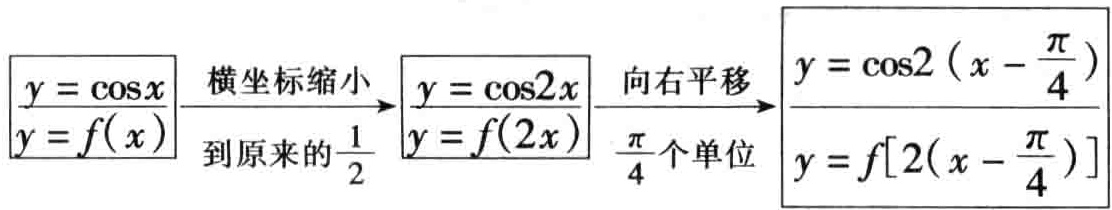
\[

\begin{align*}

y = \cos x\\

y = f(x)

\end{align*}

\xrightarrow{\text{横坐标缩小到原来的}\frac{1}{2}}

\begin{align*}

y = \cos 2x\\

y = f(2x)

\end{align*}

\xrightarrow{\text{向右平移}\frac{\pi}{4}\text{个单位}}

\begin{align*}

y = \cos 2\left(x - \frac{\pi}{4}\right)\\

y = f\left[2\left(x - \frac{\pi}{4}\right)\right]

\end{align*}

\]